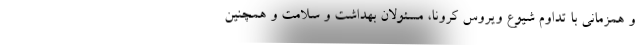
و همزمانی با تداوم شیوع ویروس کرونا، مسئولان بهداشت و سلامت و همچنین